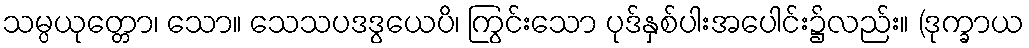
သမ္ပယုတ္တော၊ သော။ သေသပဒဒွယေပိ၊ ကြွင်းသော ပုဒ်နှစ်ပါးအပေါင်း၌လည်း။ (ဒုက္ခာယ